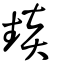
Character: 燅